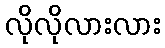
လိုလိုလားလား